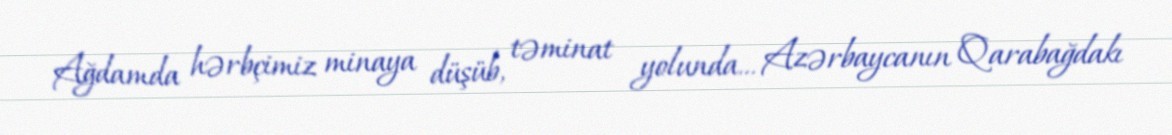
Ağdamda hərbçimiz minaya düşüb, təminat yolunda... Azərbaycanın Qarabağdakı